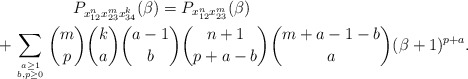
\begin{gather*}P_{x_{12}^{n} x_{23}^{m} x_{34}^{k}}(\beta)=P_{x_{12}^{n} x_{23}^{m}}(\beta)\\\hphantom{P_{x_{12}^{n} x_{23}^{m} x_{34}^{k}}(\beta)=}{}+ \sum_{ a \ge 1 \atop b,p \ge 0} {m \choose p} {k \choose a} {a-1 \choose b} {n+1 \choose p+a-b} {m+a-1-b \choose a} (\beta+1)^{p+a}. \end{gather*}